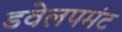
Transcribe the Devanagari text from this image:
डवेलपमंट